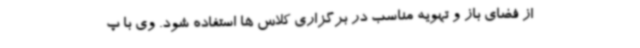
از فضای باز و تهویه مناسب در برگزاری کلاس ها استفاده شود. وی با پ